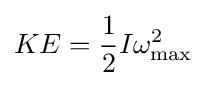
KE={\frac {1}{2}}I\omega _{\text{max}}^{2}